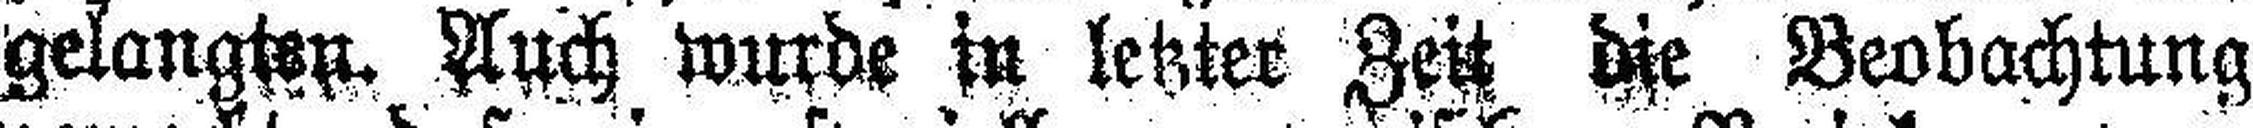
gelangten. Auch wurde in letzter Zeit die Beobachtung